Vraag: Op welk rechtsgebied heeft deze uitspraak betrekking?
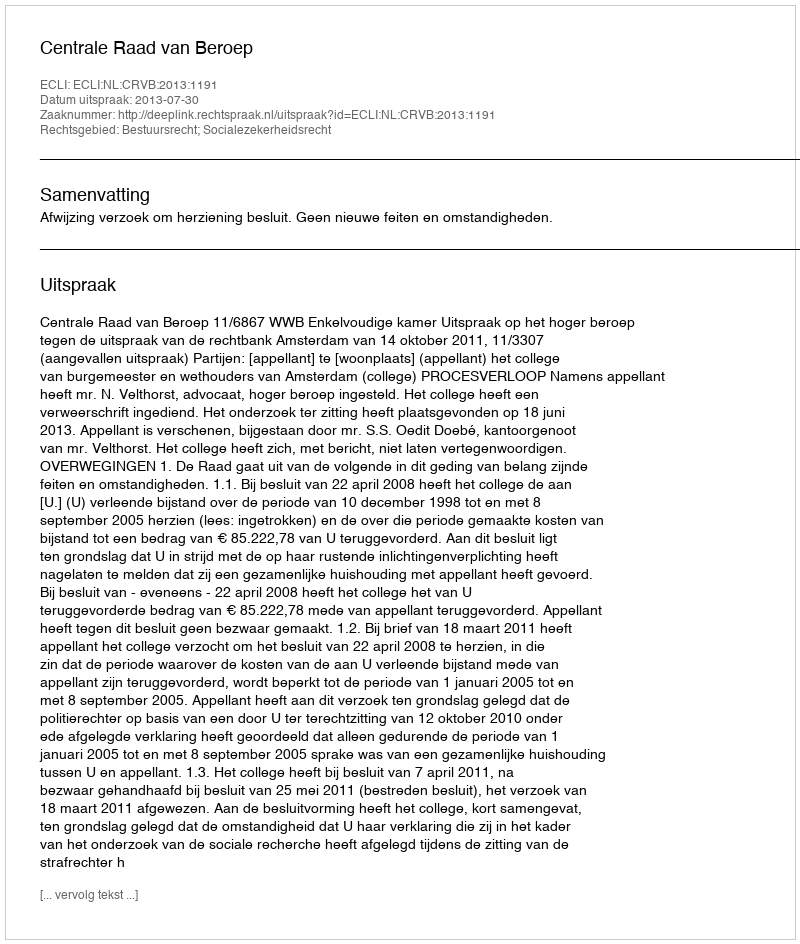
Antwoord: Bestuursrecht; Socialezekerheidsrecht